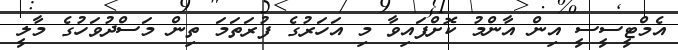
އެމްޓީސީސީ އިން އާންމު ކޮށްފައިވާ މި އަހަރުގެ ފުރަތަމަ ތިން މަސްދުވަހުގެ މާލީ